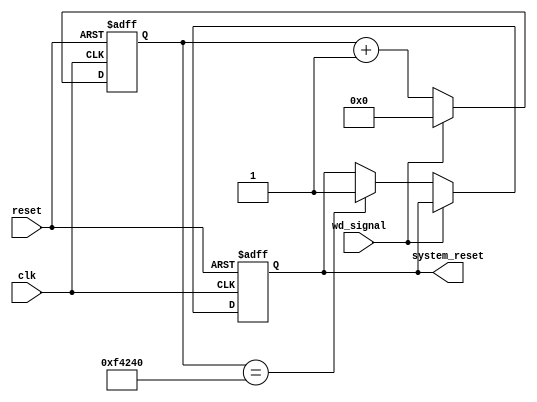
module watchdog_timer (input clk, input reset, input wd_signal, output reg system_reset);

reg [23:0] count = 0;

always @(posedge clk or posedge reset) begin
    if (reset) begin
        count <= 0;
        system_reset <= 0;
    end else begin
        if (wd_signal) begin
            count <= 0;
        end else begin
            count <= count + 1;
            if (count == 24'd1000000) begin // 1 second interval
                system_reset <= 1;
            end
        end
    end
end

endmodule